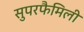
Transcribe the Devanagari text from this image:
सुपरफैमिली